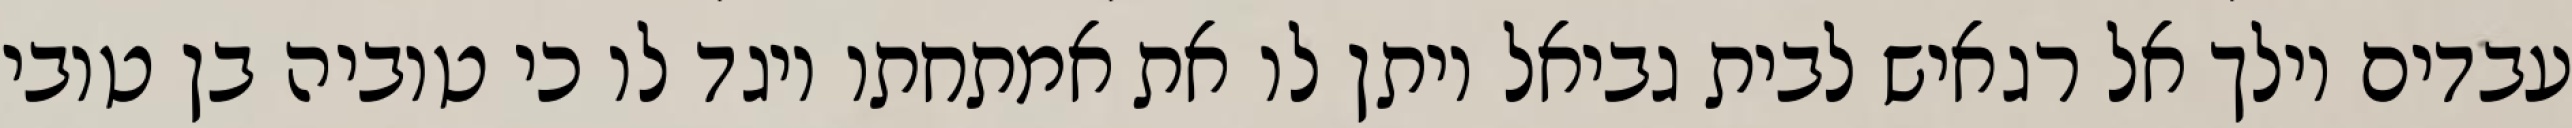
עבדים וילך אל רגאיש לבית גביאל ויתן לו את אמתחתו ויגד לו כי טוביה בן טובי